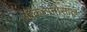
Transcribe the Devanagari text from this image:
ऑकटानोसॉल